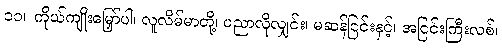
၁၁။ ကိုယ်ကျိုးမြှော်ပါ၊ လူလိမ်မာတို့၊ ပညာလိုလျှင်း၊ မဆန်ငြင်းနှင့်၊ အငြင်းကြီးလစ်၊